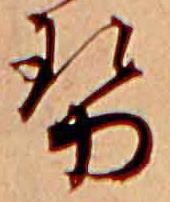
勢